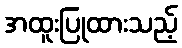
အထူးပြုထားသည့်